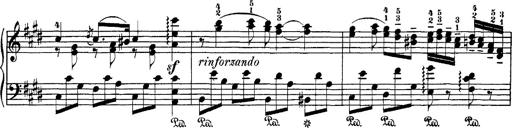
Title: Hungarian Rhapsody No.1
Composer: Franz Liszt
Key: C-sharp minor